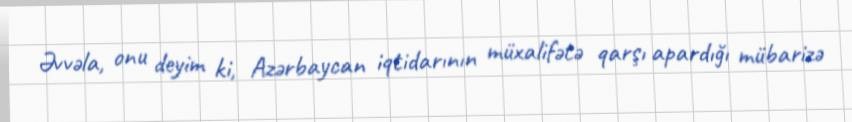
Əvvəla, onu deyim ki, Azərbaycan iqtidarının müxalifətə qarşı apardığı mübarizə